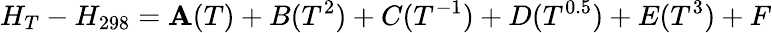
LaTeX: H_{T}-H_{298}=\mathbf{A}(T)+B(T^{2})+C(T^{-1})+D(T^{0.5})+E(T^{3})+F